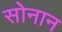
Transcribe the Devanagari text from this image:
सोनान